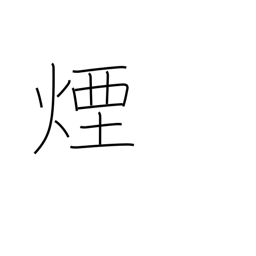
Meaning: smoke